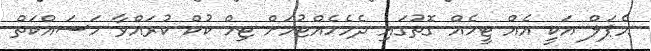
އެޕަލް އަކީ އެއް ޓީމެއް ގޮތުގައި ދެމެހެއްޓުމަށް ޓިމް ކުކް ކުރައްވާ މަސައްކަތް